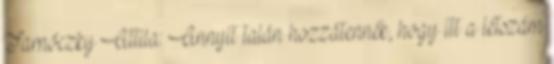
Tarnóczky Attila: Annyit talán hozzátennék, hogy itt a létszám